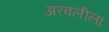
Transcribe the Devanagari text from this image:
अरवलीला